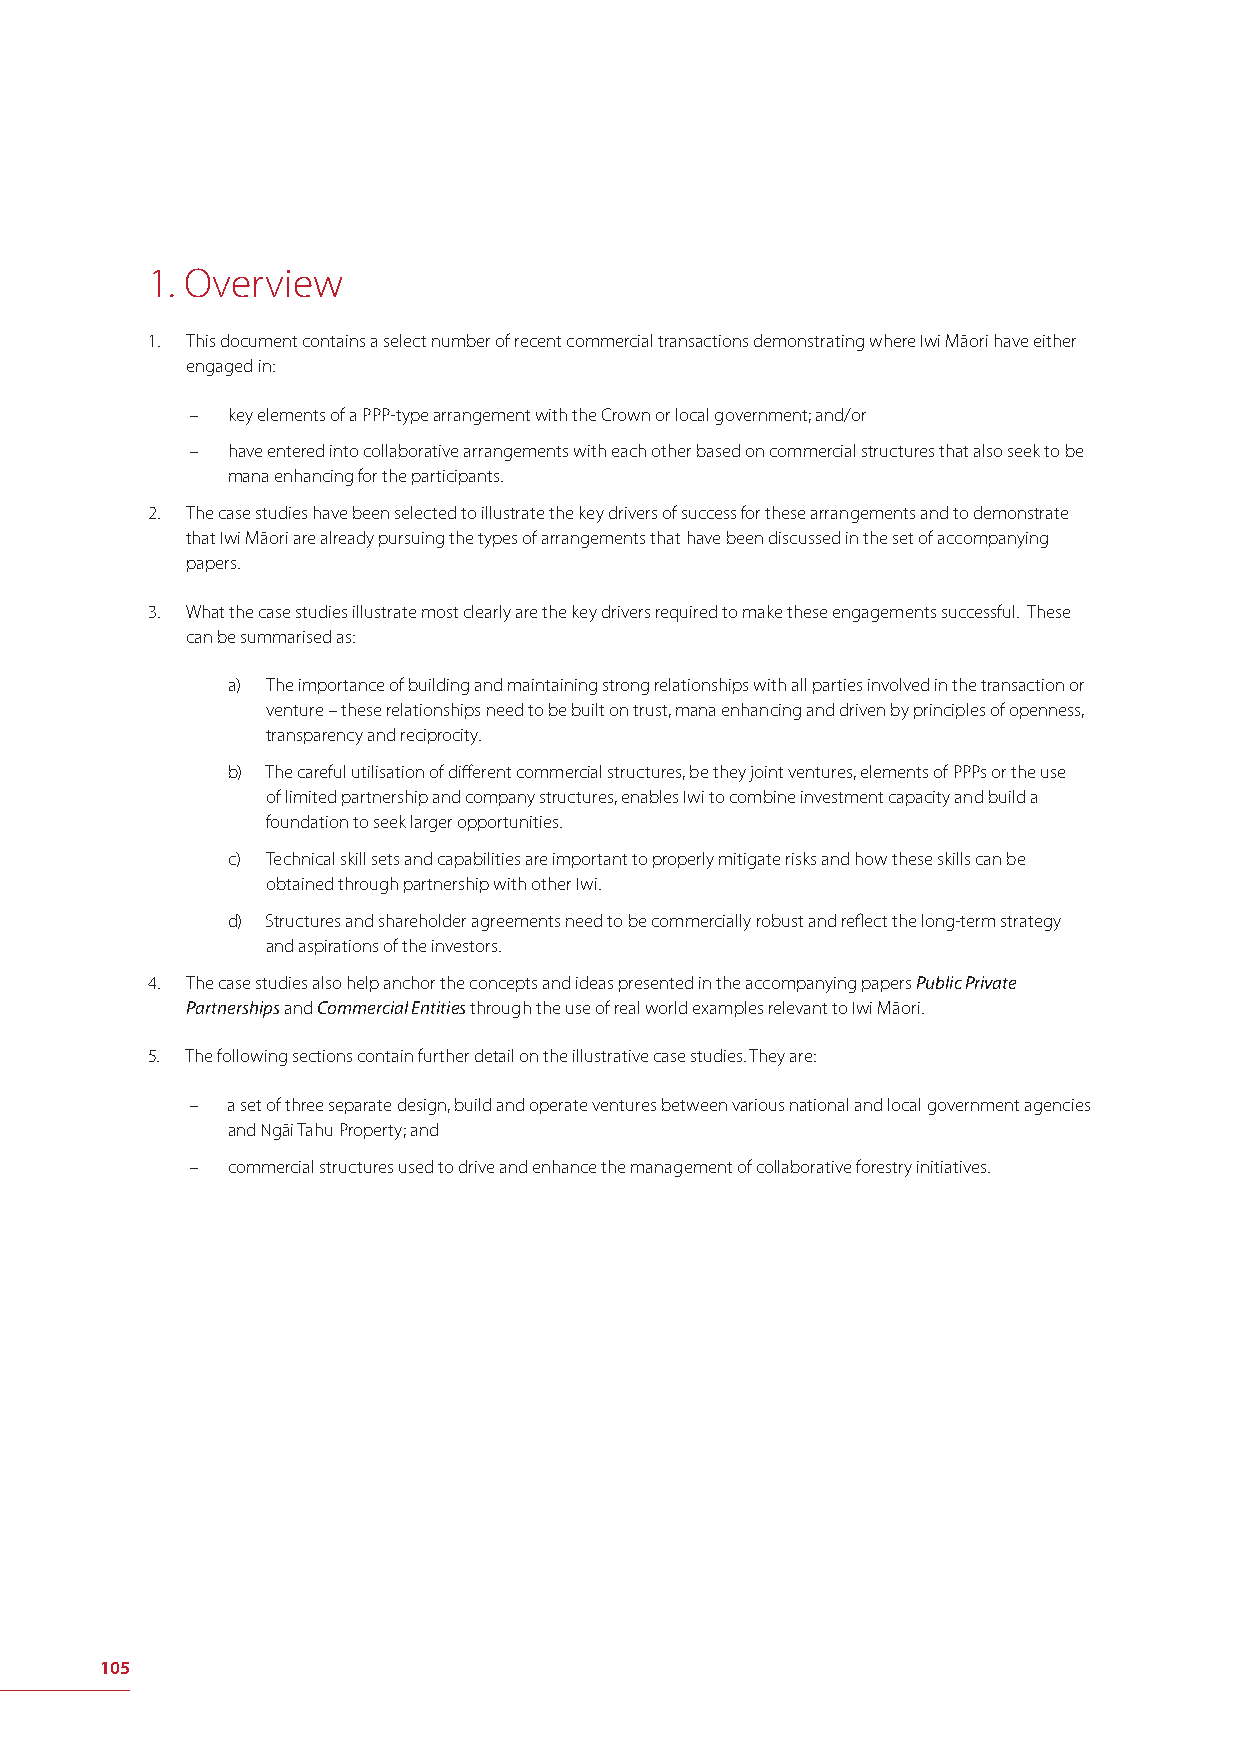
1. Overview
 1. This document contains a select number of recent commercial transactions demonstrating where Iwi Māori have either
 engaged in:
 – key elements of a PPP-type arrangement with the Crown or local government; and/or
 – have entered into collaborative arrangements with each other based on commercial structures that also seek to be
 mana enhancing for the participants.
 2. The case studies have been selected to illustrate the key drivers of success for these arrangements and to demonstrate
 that Iwi Māori are already pursuing the types of arrangements that have been discussed in the set of accompanying
 papers.
 3. What the case studies illustrate most clearly are the key drivers required to make these engagements successful. These
 can be summarised as:
 a) The importance of building and maintaining strong relationships with all parties involved in the transaction or
 venture – these relationships need to be built on trust, mana enhancing and driven by principles of openness,
 transparency and reciprocity.
 b) The careful utilisation of diff erent commercial structures, be they joint ventures, elements of PPPs or the use
 of limited partnership and company structures, enables Iwi to combine investment capacity and build a
 foundation to seek larger opportunities.
 c) Technical skill sets and capabilities are important to properly mitigate risks and how these skills can be
 obtained through partnership with other Iwi.
 d) Structures and shareholder agreements need to be commercially robust and refl ect the long-term strategy
 and aspirations of the investors.
 4. The case studies also help anchor the concepts and ideas presented in the accompanying papers Public Private
 Partnerships and Commercial Entities through the use of real world examples relevant to Iwi Māori.
 5. The following sections contain further detail on the illustrative case studies. They are:
 – a set of three separate design, build and operate ventures between various national and local government agencies
 and Ngāi Tahu Property; and
 – commercial structures used to drive and enhance the management of collaborative forestry initiatives.
 105